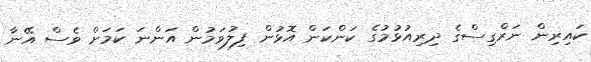
ކައިރިން ނަރްގިސްގެ ދިރިއުޅުމުގެ ކަންކަން އޮޅުން ފިލުވަމުން އަންނަ ކަމަށް ވެސް އޭނާ